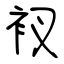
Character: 衩